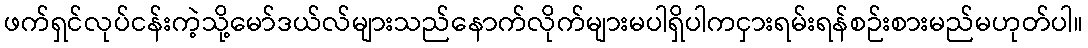
ဖက်ရှင်လုပ်ငန်းကဲ့သို့မော်ဒယ်လ်များသည်နောက်လိုက်များမပါရှိပါကငှားရမ်းရန်စဉ်းစားမည်မဟုတ်ပါ။